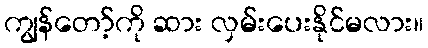
ကျွန်တော့်ကို ဆား လှမ်းပေးနိုင်မလား။